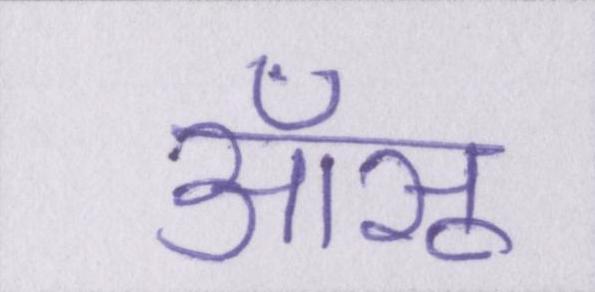
आँसू